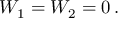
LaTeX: { \cal W } _ { 1 } = { \cal W } _ { 2 } = 0 \, .